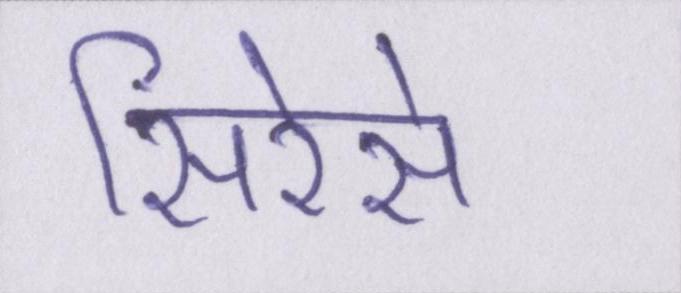
सिरेसे